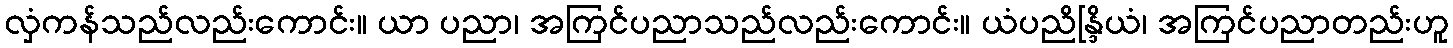
လှံကန်သည်လည်းကောင်း။ ယာ ပညာ၊ အကြင်ပညာသည်လည်းကောင်း။ ယံပညိန္ဒြိယံ၊ အကြင်ပညာတည်းဟူ